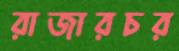
রাজারচর